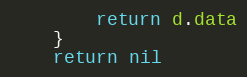
Language: Go
		return d.data
	}
	return nil